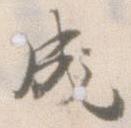
成